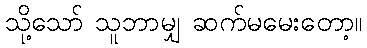
သို့သော် သူဘာမျှ ဆက်မမေးတော့။